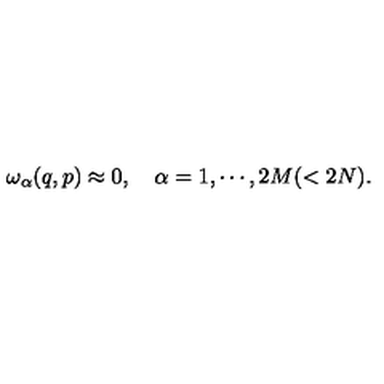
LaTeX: \omega _ { \alpha } ( q , p ) \approx 0 , \quad \alpha = 1 , \cdots , 2 M ( < 2 N ) .